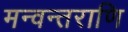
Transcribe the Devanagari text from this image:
मन्वन्तराणि